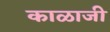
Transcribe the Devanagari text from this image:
काळाजी